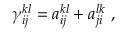
{ \gamma } _ { i j } ^ { k l } = a _ { i j } ^ { k l } + a _ { j i } ^ { l k } \mathrm { ~ , ~ }